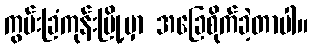
ကွမ်းခြံကုန်းမြို့မှာ အခြေစိုက်ခဲ့တာပါ။